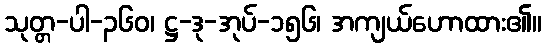
သုတ္တ-ပါ-၃၆၀၊ ဋ္ဌ-ဒု-အုပ်-၁၅၆၊ အကျယ်ဟောထား၏။